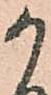
か